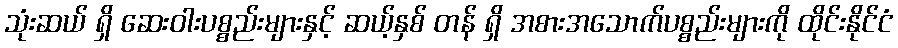
သုံးဆယ် ရှိ ဆေးဝါးပစ္စည်းများနှင့် ဆယ့်နှစ် တန် ရှိ အစားအသောက်ပစ္စည်းများကို ထိုင်းနိုင်ငံ